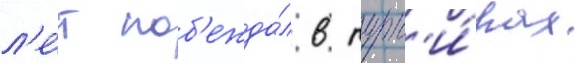
л'е́т поб'ежда́л в турн'и́рах